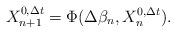
LaTeX: \begin{align*}X_{n+1}^{0,\Delta t}=\Phi(\Delta\beta_n,X_n^{0,\Delta t}).\end{align*}